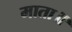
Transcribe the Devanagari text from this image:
माता॥